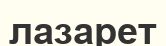
лазарет